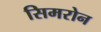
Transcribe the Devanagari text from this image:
सिमरोन